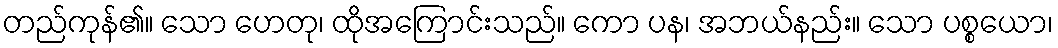
တည်ကုန်၏။ သော ဟေတု၊ ထိုအကြောင်းသည်။ ကော ပန၊ အဘယ်နည်း။ သော ပစ္စယော၊